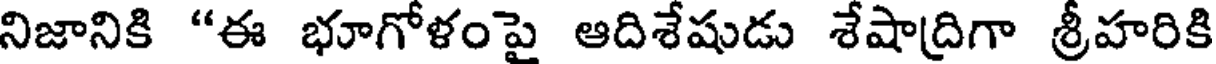
నిజానికి "ఈ భూగోళంపై ఆదిశేషుడు శేషాద్రిగా శ్రీహరికి